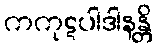
ကကုဋပါဒါနန္တိ